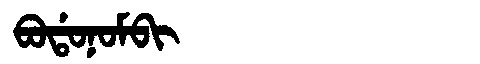
Manchu: ᠪᠣᡩᠣᠨᠣᠮᠪᡳ
Romanization: BODONOMBI